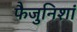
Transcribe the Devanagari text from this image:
फैजुनिशां